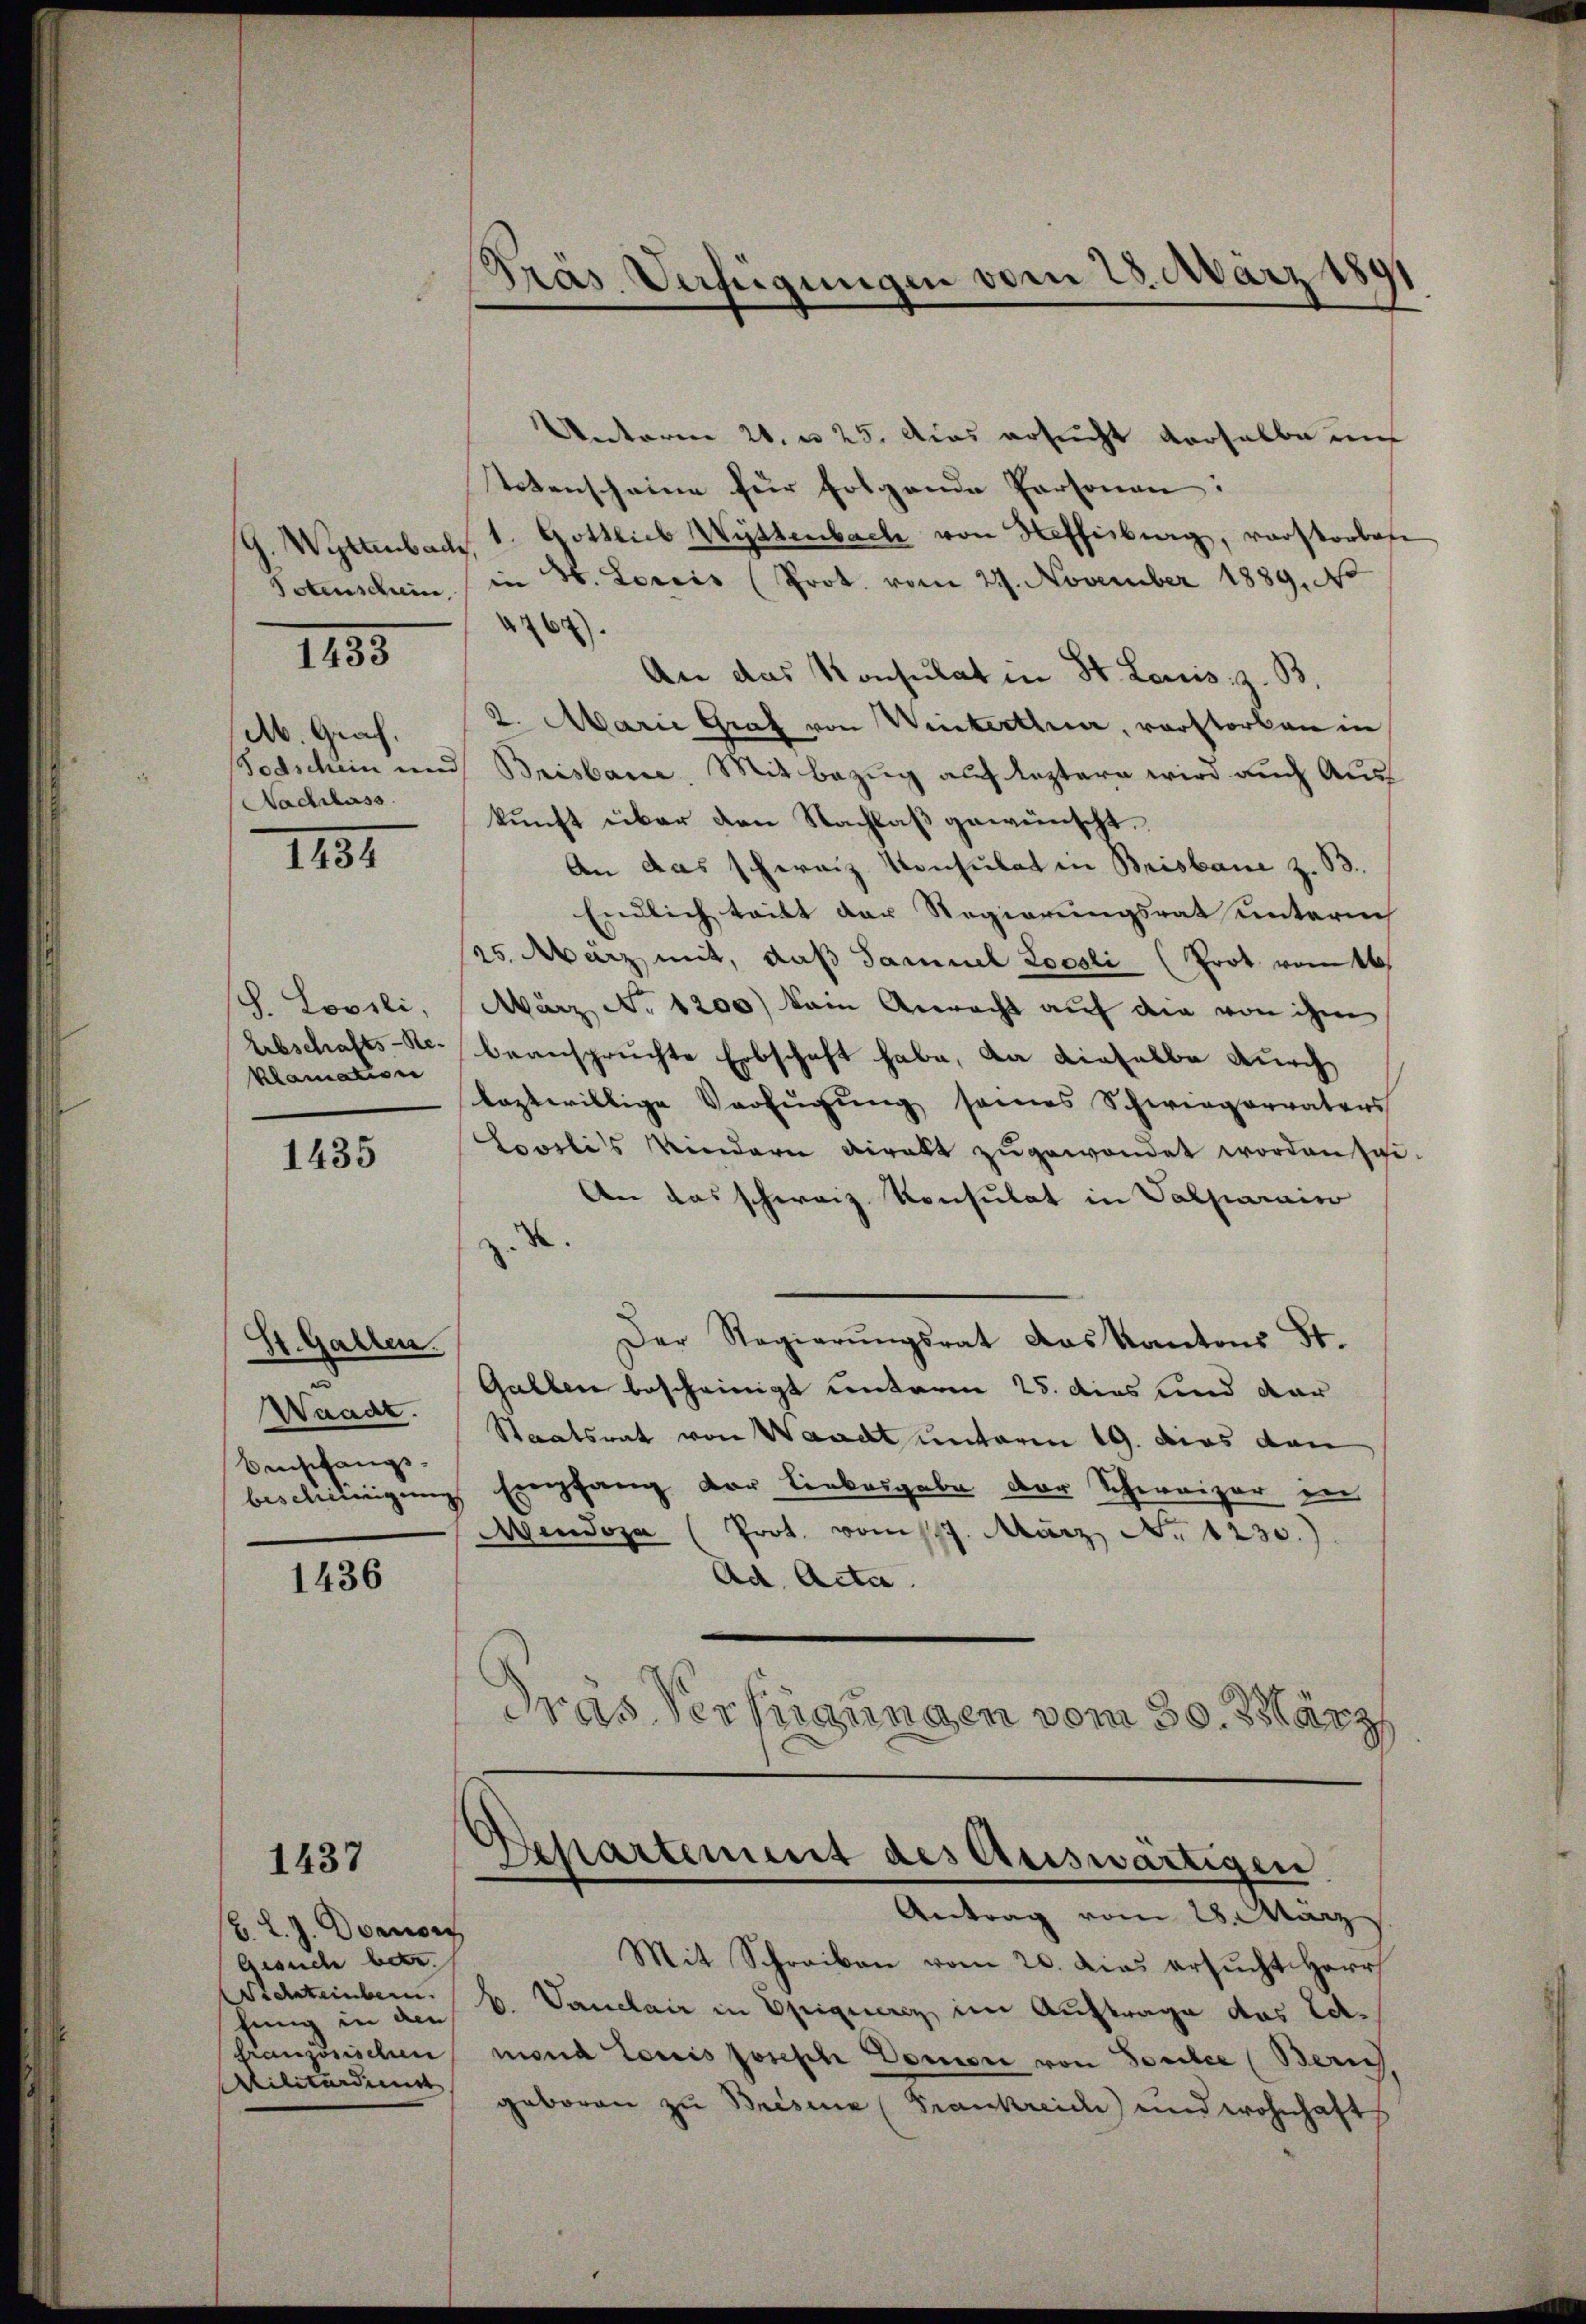
G. Wertenbach
Totenschein
Ab. Graf.
Nachlass

1255

1152.

klamation

1435

Unterm 21. u 25. das ersucht derselbe auf
tetenscheine für folgende Personen:
1. Gottlieb Wüstenbach von Heffisburg, verstorbese
in 4. Loreis (Prot. vom 29. November 1889, N
264).
An das Konsulat in St. Louis: z. B.
2. Marie Graf von Winterthur, vorstorben in
Todschein und Brisbaue. Mit Bezug auf leztern wird auch Auskunft über den Nachlaß gewünscht.
An das schweiz. Konsulat in Brisbaue z. B.
Endlich tritt der Regierungsrat unterneh
25. März mit, daß Samuel Locali (Prot vom 16.
S. Lovili, März No 1200) kein Anrecht auf die von ihm
Erbschafts-S. beanspruchte Erbschaft habe, da dieselbe durch
laztwillige Verfügung seines Schwiegervaters
Lovilis Kindern viralt zugewendet worden sei.
An das schwarz Konsulat in Valparaiso
.
Der Regierŭngsrat das Kantons St.
Gallen bescheinigt Centaren 25. dies und dar
Staatsrat von Waadt unterm 19. dies den
beschilligung Empfang der Liebesgabe der Schweizer in
Mendoza (Prot. vom 17. März No 1230.)
Ad. Acta.
Tras Verfügungen vom 30. März

St. Gallen.
u
Waadt.
Benschangs-

1436

1437

b. l. J. Demon
Gesuch betr.
ichsteinbern.
fung in den
französischen
Militärdient

.
Gräs. Verfügungen vom 23. März 189

Departement des Auswärtigen
Antrag vom 28. März

Mit Schreiben vom 20. Dies ersŭcht Herr
b. Vanelair in Epiquenz, im Auftrage das Ed.
mond Louis posisch Domon von Somitee (Bern
geboren zu Bresia (Frankreide und wohnhaft